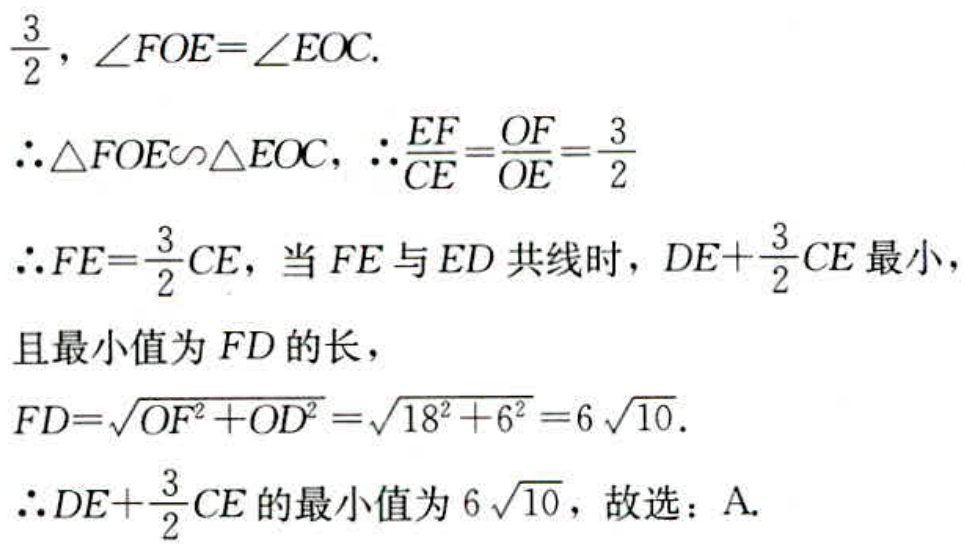
$\frac{3}{2},\angle FOE = \angle EOC.$
$\therefore \triangle FOE\sim\triangle EOC,\therefore\frac{EF}{CE}=\frac{OF}{OE}=\frac{3}{2}$
$\therefore FE = \frac{3}{2}CE,$当$FE$与$ED$共线时，$DE+\frac{3}{2}CE$最小，
且最小值为$FD$的长，
$FD=\sqrt{OF^{2}+OD^{2}}=\sqrt{18^{2}+6^{2}} = 6\sqrt{10}.$
$\therefore DE+\frac{3}{2}CE$的最小值为$6\sqrt{10}$，故选：A.